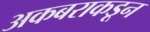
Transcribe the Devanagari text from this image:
अकबराकडून